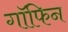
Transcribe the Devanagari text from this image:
गॉफिन